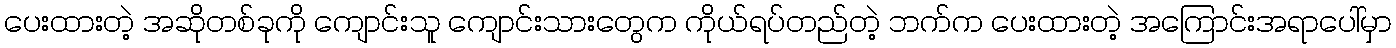
ပေးထားတဲ့ အဆိုတစ်ခုကို ကျောင်းသူ ကျောင်းသားတွေက ကိုယ်ရပ်တည်တဲ့ ဘက်က ပေးထားတဲ့ အကြောင်းအရာပေါ်မှာ